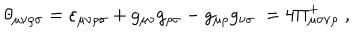
LaTeX: \theta _ { \mu \nu \rho \sigma } = \varepsilon _ { \mu \nu \rho \sigma } + g _ { \mu \nu } g _ { \rho \sigma } - g _ { \mu \rho } g _ { \nu \sigma } \; = 4 \Pi _ { \mu \sigma \nu \rho } ^ { + } \; ,